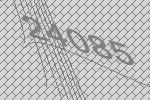
24085